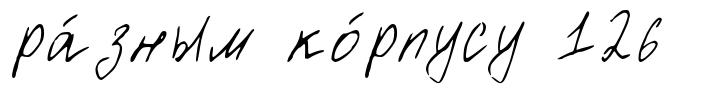
ра́зным ко́рпусу 126